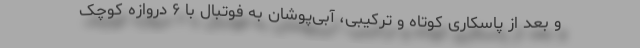
و بعد از پاسکاری کوتاه و ترکیبی، آبی‌پوشان به فوتبال با ۶ دروازه کوچک